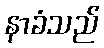
နာခံသည်